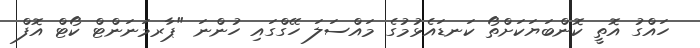
ހައްގު އޮތީ ކޮންބަޔަކަށްތޯ ކަނޑައެޅުމުގެ މައްސަލަ ހޭގްގައި ހުންނަ "ޕާރމަނަންޓް ކޯޓް އޮފް